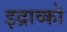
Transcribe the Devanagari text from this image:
झ्द्राव्को